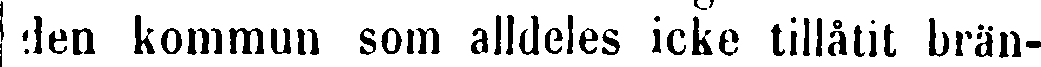
den kommun som alldeles icke tillåtit brän-